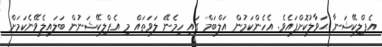
އެޕްލިކޭޝަނާ ޙަވާލުކޮށްފައެވެ. އެހެންކަމުން އަލްބަމް ގައި ހިމެނޭ ލަވަތައް މި އެޕްލިކޭޝަނުން ބަލައިލެވޭނެކަމަށް